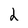
Character: 2